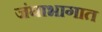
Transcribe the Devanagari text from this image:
जंघाभागात